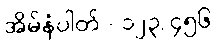
အိမ်နံပါတ် - ၁၂၃/၄၅၆